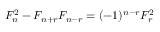
F _ { n } ^ { 2 } - F _ { n + r } F _ { n - r } = ( - 1 ) ^ { n - r } F _ { r } ^ { 2 }